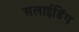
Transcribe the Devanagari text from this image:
सलाईडिंग